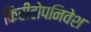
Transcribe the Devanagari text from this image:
किरीटोपनिवेश